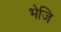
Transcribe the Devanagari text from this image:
भेजि